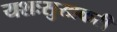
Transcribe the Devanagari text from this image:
यशःसुखकरी